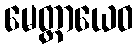
မေတ္တာယေဝ